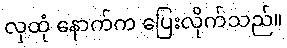
လှထုံ နောက်က ပြေးလိုက်သည်။